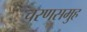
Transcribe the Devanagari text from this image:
चरणसमुह